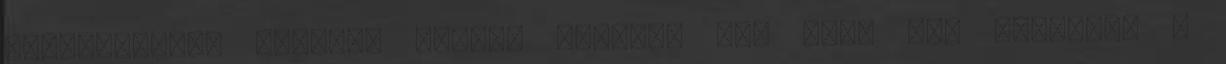
vállalhatót. Úgyhogy rögtön mutatom is, hogy mit kreáltam A